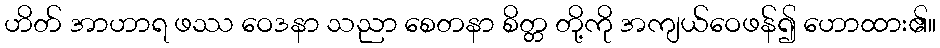
ဟိတ် အာဟာရ ဖဿ ဝေဒနာ သညာ စေတနာ စိတ္တ တို့ကို အကျယ်ဝေဖန်၍ ဟောထား၏။